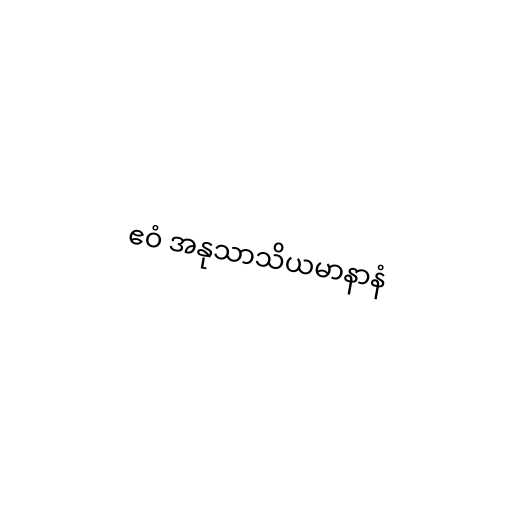
ဧဝံ အနုသာသိယမာနာနံ